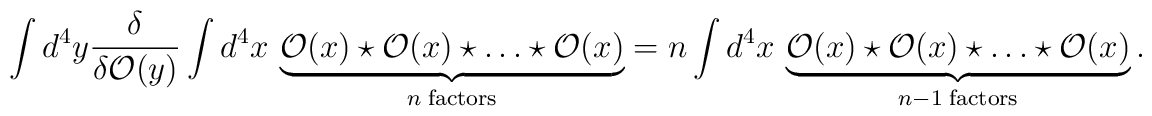
\int d^4 y\frac{\delta}{\delta {\cal O}(y)}\int d^4 x\,\underbrace{{\cal O}(x)\star{\cal O}(x)\star\ldots \star{\cal O}(x)}_{n \rm \; factors}= n \int d^4 x\,\underbrace{{\cal O}(x)\star{\cal O}(x)\star\ldots \star{\cal O}(x)}_{n-1 \rm \; factors}.